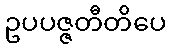
ဥပပဇ္ဇတီတိပေ